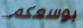
بوسعكم